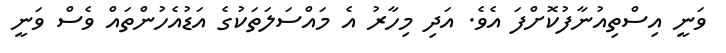
ވަނީ އިސްތިއުނާފުކޮށްފަ އެވެ. އަދި މިހާރު އެ މައްސަލަތަކުގެ އަޑުއެހުންތައް ވެސް ވަނީ